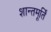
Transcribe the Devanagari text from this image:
शान्तमूर्तिं